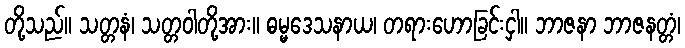
တို့သည်။ သတ္တနံ၊ သတ္တဝါတို့အား။ ဓမ္မဒေသနာယ၊ တရားဟောခြင်းငှါ။ ဘာဇနာ ဘာဇနတ္တံ၊